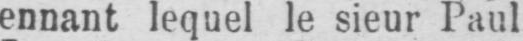
ennant lequel le sieur Paul